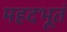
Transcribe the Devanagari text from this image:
महदभूतं